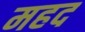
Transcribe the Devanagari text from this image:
महद